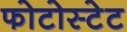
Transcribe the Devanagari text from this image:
फोटोस्टेट